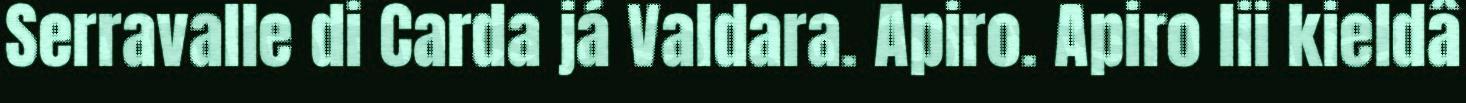
Serravalle di Carda já Valdara. Apiro. Apiro lii kieldâ